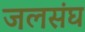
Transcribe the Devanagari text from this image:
जलसंघ